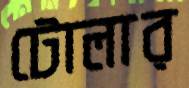
টোলার